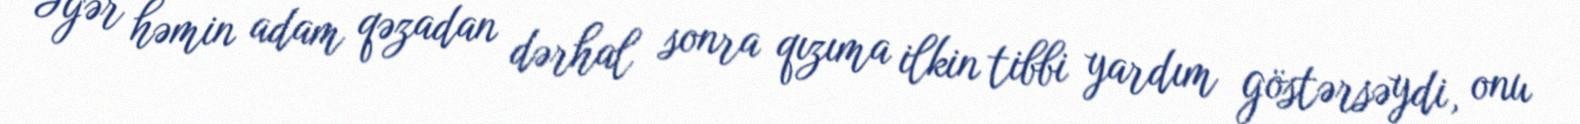
Əgər həmin adam qəzadan dərhal sonra qızıma ilkin tibbi yardım göstərsəydi, onu